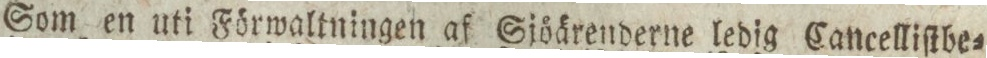
Som en uti Förwaltningen af Sjöärenderne ledig Cancelliſtbe=